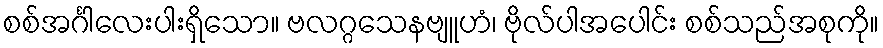
စစ်အင်္ဂါလေးပါးရှိသော။ ဗလဂ္ဂသေနဗျူဟံ၊ ဗိုလ်ပါအပေါင်း စစ်သည်အစုကို။